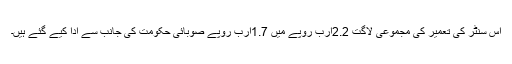
اس سنٹر کی تعمیر کی مجموعی لاگت 2.2ارب روپے میں 1.7ارب روپے صوبائی حکومت کی جانب سے ادا کیے گئے ہیں۔